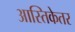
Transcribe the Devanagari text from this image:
आस्तिकेतर